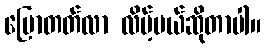
ပြောတတ်လာ လိမ့်မယ်ဆိုတာပါ။